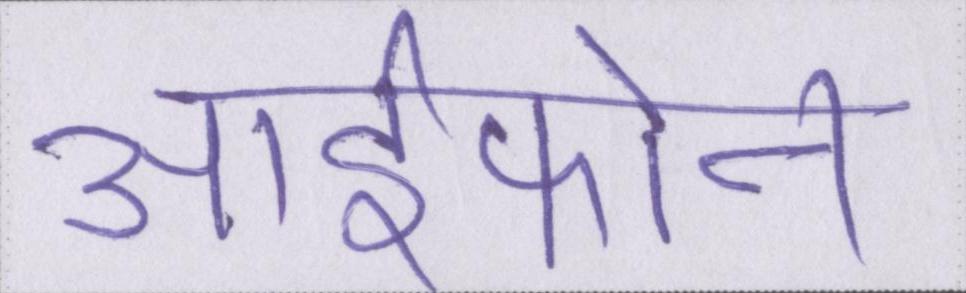
आईफोन